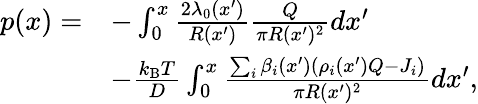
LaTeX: \begin{array}{rl}{p(x)=}&{-\int_{0}^{x}\frac{2\lambda_{0}(x^{\prime})}{R(x^{\prime})}\frac{Q}{\pi R(x^{\prime})^{2}}dx^{\prime}}\\ &{-\frac{k_{\mathrm{B}}T}{D}\int_{0}^{x}\frac{\sum_{i}\beta_{i}(x^{\prime})\left(\rho_{i}(x^{\prime})Q-J_{i}\right)}{\pi R(x^{\prime})^{2}}dx^{\prime},}\end{array}